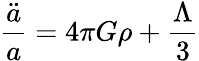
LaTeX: \frac{\ddot{a}}{a}=4\pi G\rho+\frac{\Lambda}{3}